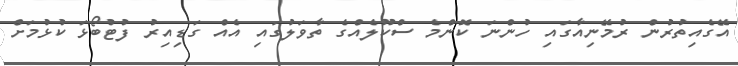
އޭގެއިތުރުން ރުމޭނިއާގައި ހުންނަ ކޮންމެ ސްކޫލެއްގެ ތާވަލުގައި އެއް ގަޑިއިރު ފުޓުބޯޅަ ކުޅުމަށް